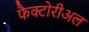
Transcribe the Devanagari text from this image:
फैक्टोरीअल